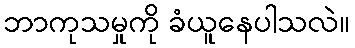
ဘာကုသမှုကို ခံယူနေပါသလဲ။